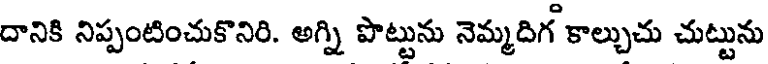
దానికి నిప్పంటించుకొనిరి. అగ్ని పొట్టును నెమ్మదిగ కాల్చుచు చుట్టును